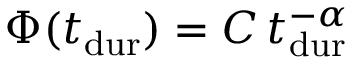
\Phi ( \ensuremath { t _ { \mathrm { d u r } } } ) = C \, \ensuremath { t _ { \mathrm { d u r } } } ^ { - \alpha }